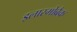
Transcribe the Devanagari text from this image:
इलास्मोब्रैक